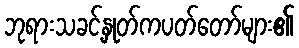
ဘုရားသခင့်နှုတ်ကပတ်တော်များ၏